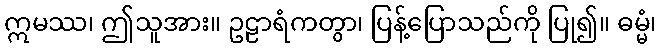
ဣမဿ၊ ဤသူအား။ ဥဠာရံကတွာ၊ ပြန့်ပြောသည်ကို ပြု၍။ ဓမ္မံ၊